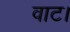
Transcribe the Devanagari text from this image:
वाट।